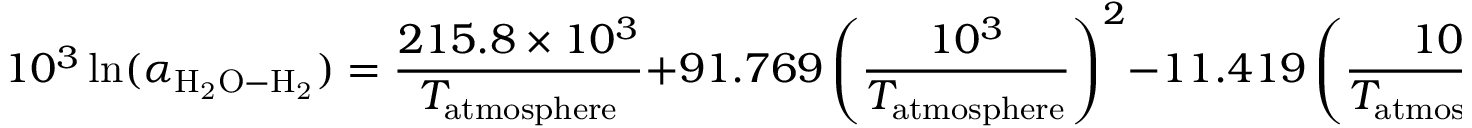
1 0 ^ { 3 } \ln ( \alpha _ { \mathrm { H _ { 2 } O - H _ { 2 } } } ) = \frac { 2 1 5 . 8 \times 1 0 ^ { 3 } } { T _ { \mathrm { a t m o s p h e r e } } } + 9 1 . 7 6 9 \left( \frac { 1 0 ^ { 3 } } { T _ { \mathrm { a t m o s p h e r e } } } \right) ^ { 2 } - 1 1 . 4 1 9 \left( \frac { 1 0 ^ { 3 } } { T _ { \mathrm { a t m o s p h e r e } } } \right) ^ { 3 } - 8 7 . 4 4 ,